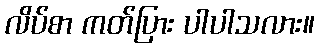
လိပ်စာ ကတ်ပြား ပါပါသလား။